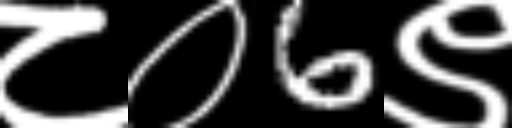
Text: ८०6९